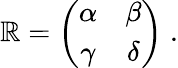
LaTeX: \mathbb{R}=\left(\begin{array}{cc}{{\alpha}}&{{\beta}}\\ {{\gamma}}&{{\delta}}\end{array}\right)\; .